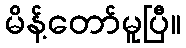
မိန့်တော်မူပြီ။